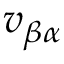
v _ { \beta \alpha }